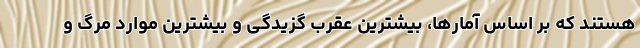
هستند که بر اساس آمارها، بیشترین عقرب گزیدگی و بیشترین موارد مرگ و